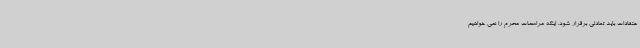
عتقادات باید تعادلی برقرار شود. اینکه مراسمات محرم را نمی خواهیم